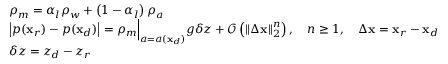
\begin{array} { r l } & { \rho _ { m } = \alpha _ { l } \rho _ { w } + \left( 1 - \alpha _ { l } \right) \rho _ { a } } \\ & { \left| p ( \mathbf { x } _ { r } ) - p ( \mathbf { x } _ { d } ) \right| = \rho _ { m } \Big | _ { a = a ( \mathbf { x } _ { d } ) } g \delta z + \mathcal { O } \left( \left| \left| \Delta \mathbf { x } \right| \right| _ { 2 } ^ { n } \right) , \quad n \geq 1 , \quad \Delta \mathbf { x } = \mathbf { x } _ { r } - \mathbf { x } _ { d } } \\ & { \delta z = z _ { d } - z _ { r } } \end{array}